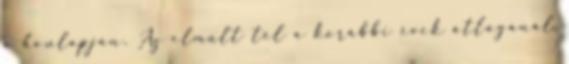
a honlapján. Az elmúlt tél a korábbi évek átlagánál